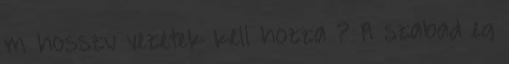
m hosszu vezetek kell hozza ? A szabad eg